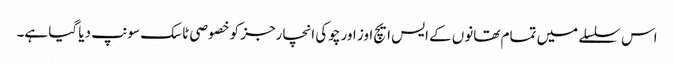
اس سلسلے میں تمام تھانوں کے ایس ایچ اوز اور چوکی انچارجز کو خصوصی ٹاسک سونپ دیا گیا ہے۔